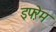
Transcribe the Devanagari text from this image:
इफ्ऱेम